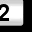
Digit: 2